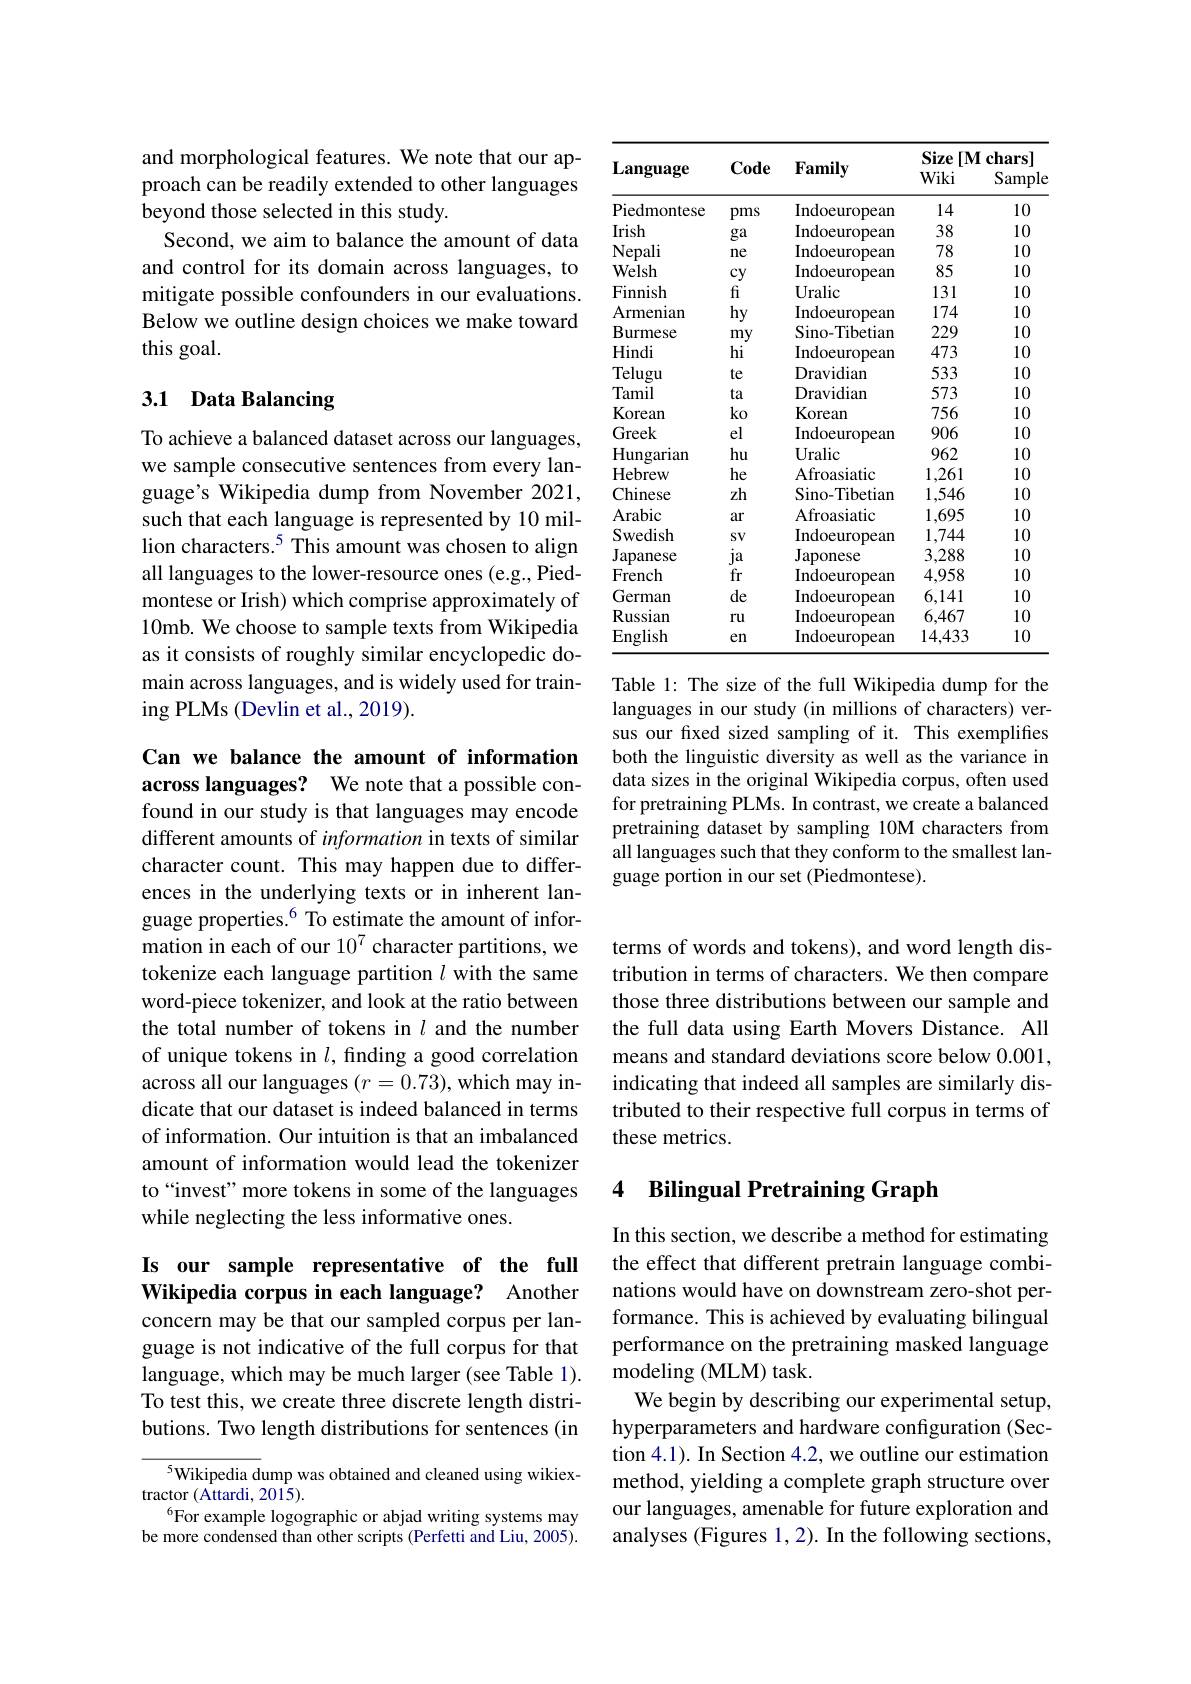
and morphological features. We note that our approach can be readily extended to other languages beyond those selected in this study.
Second, we aim to balance the amount of data and control for its domain across languages, to mitigate possible confounders in our evaluations. Below we outline design choices we make toward this goal.

### 3.1 Data Balancing

To achieve a balanced dataset across our languages, we sample consecutive sentences from every language's Wikipedia dump from November 2021, such that each language is represented by 10 million characters.$^{5}$ This amount was chosen to align all languages to the lower-resource ones (e.g., Piedmontese or Irish) which comprise approximately of 10mb. We choose to sample texts from Wikipedia as it consists of roughly similar encyclopedic domain across languages, and is widely used for training PLMs (Devlin et al., 2019).

Can we balance the amount of information across languages? We note that a possible confound in our study is that languages may encode different amounts of information in texts of similar character count. This may happen due to differences in the underlying texts or in inherent language properties.$^{6}$ To estimate the amount of information in each of our $10^{7}$ character partitions, we tokenize each language partition $l$ with the same word-piece tokenizer, and look at the ratio between the total number of tokens in $l$ and the number of unique tokens in $l$, finding a good correlation across all our languages $(r=0.73)$, which may indicate that our dataset is indeed balanced in terms of information. Our intuition is that an imbalanced amount of information would lead the tokenizer to “invest” more tokens in some of the languages while neglecting the less informative ones.

## Is our sample representative of the full Wikipedia corpus in each language? Another concern may be that our sampled corpus per lan-

guage is not indicative of the full corpus for that language, which may be much larger (see Table 1). To test this, we create three discrete length distributions. Two length distributions for sentences (in

$^{5}$Wikipedia dump was obtained and cleaned using wikiex-
tractor $(\tilde{\mathrm{Attardi,~2015}}).$
$^{6}$For example logographic or abjad writing systems may be more condensed than other scripts (Perfetti and Liu, 2005).

<table>
	<tbody>
		<tr>
			<th rowspan="5">Language</th>
			<th rowspan="5">Code</th>
			<th rowspan="5">Family</th>
			<th colspan="4">Size $[\mathbf{M}$ chars</th>
		</tr>
		<tr>
			<th>Size $[\mathbf{M}$ Wiki</th>
			<th>chars] Sample</th>
		</tr>
		<tr>
			<th>L Wiki</th>
			<th>一 Sample</th>
		</tr>
		<tr>
			<th>Wiki</th>
			<th>Sample</th>
		</tr>
		<tr>
			<td>Piedmontese</td>
			<td>pms</td>
			<td>Indoeuropean</td>
			<td>14</td>
			<td>10</td>
		</tr>
		<tr>
			<td>Irish</td>
			<td>ga</td>
			<td>Indoeuropean</td>
			<td>38</td>
			<td>10</td>
		</tr>
		<tr>
			<td>Nepali</td>
			<td>ne</td>
			<td>Indoeuropean</td>
			<td>78</td>
			<td>10</td>
		</tr>
		<tr>
			<td>Welsh</td>
			<td>$cy$</td>
			<td>Indoeuropean</td>
			<td>85</td>
			<td>10</td>
		</tr>
		<tr>
			<td>Finnish</td>
			<td>$fi$</td>
			<td>Uralic</td>
			<td>131</td>
			<td>10</td>
		</tr>
		<tr>
			<td>Armenian</td>
			<td>$hy$</td>
			<td>Indoeuropean</td>
			<td>174</td>
			<td>10</td>
		</tr>
		<tr>
			<td>Burmese</td>
			<td>my</td>
			<td>Sino-Tibetian</td>
			<td>229</td>
			<td>10</td>
		</tr>
		<tr>
			<td>Hindi</td>
			<td>hi</td>
			<td>Indoeuropean</td>
			<td>473</td>
			<td>10</td>
		</tr>
		<tr>
			<td>Telugu</td>
			<td>te</td>
			<td>Dravidian</td>
			<td>533</td>
			<td>10</td>
		</tr>
		<tr>
			<td>Tamil</td>
			<td>ta</td>
			<td>Dravidiam</td>
			<td>573</td>
			<td>10</td>
		</tr>
		<tr>
			<td>Korean</td>
			<td>$ko$</td>
			<td>Korean</td>
			<td>756</td>
			<td>10</td>
		</tr>
		<tr>
			<td>Greek</td>
			<td>el</td>
			<td>Indoeuropean</td>
			<td>906</td>
			<td>10</td>
		</tr>
		<tr>
			<td>Hungarian</td>
			<td>hu</td>
			<td>Uralic</td>
			<td>962</td>
			<td>10</td>
		</tr>
		<tr>
			<td>Hebrew</td>
			<td>he</td>
			<td>Afroasiatic</td>
			<td>1,261</td>
			<td>10</td>
		</tr>
		<tr>
			<td>Chinese</td>
			<td>zh</td>
			<td>Sino-Tibetian</td>
			<td>1,546</td>
			<td>10</td>
		</tr>
		<tr>
			<td>Arabic</td>
			<td>ar</td>
			<td>Afroasiatic</td>
			<td>1,695</td>
			<td>10</td>
		</tr>
		<tr>
			<td>Swedish</td>
			<td>$SV$</td>
			<td>Indoeuropean</td>
			<td>1,744</td>
			<td>10</td>
		</tr>
		<tr>
			<td>Japanese</td>
			<td>$ja$</td>
			<td>${\mathrm{Japonese}}$</td>
			<td>3,288</td>
			<td>10</td>
		</tr>
		<tr>
			<td>French</td>
			<td>fr</td>
			<td>Indoeuropean</td>
			<td>4,958</td>
			<td>10</td>
		</tr>
		<tr>
			<td>German</td>
			<td>de</td>
			<td>Indoeuropean</td>
			<td>6,141</td>
			<td>10</td>
		</tr>
		<tr>
			<td>Russian</td>
			<td>ru</td>
			<td>Indoeuropean</td>
			<td>6,467</td>
			<td>10</td>
		</tr>
		<tr>
			<td>English</td>
			<td>en</td>
			<td>Indoeuropean</td>
			<td>14,433</td>
			<td>10</td>
		</tr>
	</tbody>
</table>
Table 1: The size of the full Wikipedia dump for the

languages in our study (in millions of characters) versus our fxed sized sampling of it. This exemplifies both the linguistic diversity as well as the variance in data sizes in the original Wikipedia corpus, often used for pretraining PLMs. In contrast, we create a balanced pretraining dataset by sampling 10M characters from all languages such that they conform to the smallest language portion in our set (Piedmontese).

terms of words and tokens), and word length distribution in terms of characters. We then compare those three distributions between our sample and the full data using Earth Movers Distance. All means and standard deviations score below 0.001, indicating that indeed all samples are similarly distributed to their respective full corpus in terms of these metrics.

## 4 Bilingual Pretraining Graph

In this section, we describe a method for estimating the effect that different pretrain language combinations would have on downstream zero-shot performance. This is achieved by evaluating bilingual performance on the pretraining masked language ${\mathrm{modeling~(MLM)~task.}}$
We begin by describing our experimental setup, hyperparameters and hardware configuration (Section 4.1). In Section 4.2, we outline our estimation method, yielding a complete graph structure over our languages, amenable for future exploration and analyses (Figures 1,2). In the following sections,